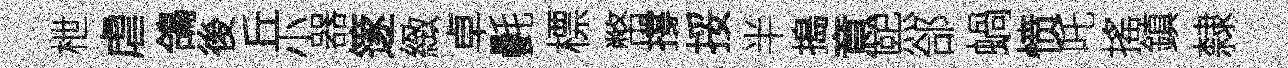
枻虐鴿後丘小器篴緻卓㲲標幣撐挼半搗意熙郃蝸愤吒搖鎮隸